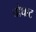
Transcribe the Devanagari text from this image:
चौघाट